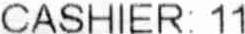
CASHIER: 11